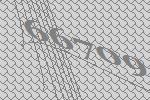
66709